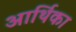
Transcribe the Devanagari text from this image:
आर्थिका